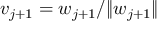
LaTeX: v _ { j + 1 } = w _ { j + 1 } / \| w _ { j + 1 } \|